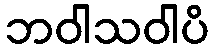
ဘဝါသဝါပိ